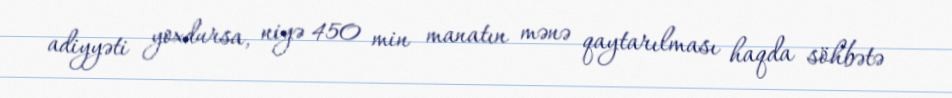
adiyyəti yoxdursa, niyə 450 min manatın mənə qaytarılması haqda söhbətə